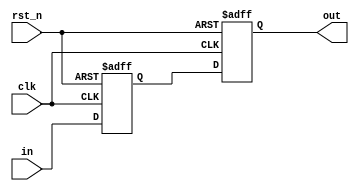
module uv_sync
#(
    parameter SYNC_WIDTH = 1,
    parameter SYNC_STAGE = 2
)
(
    input                   clk,
    input                   rst_n,
    input  [SYNC_WIDTH-1:0] in,                  
    output [SYNC_WIDTH-1:0] out
);

    localparam UDLY = 1;
    genvar i;

    reg [SYNC_WIDTH-1:0]    sync_r[0:SYNC_STAGE-1];

    always @(posedge clk or negedge rst_n) begin
        if (~rst_n) begin
            sync_r[0] <= {SYNC_WIDTH{1'b0}};
        end
        else begin
            sync_r[0] <= #UDLY in;
        end
    end

    generate
        for (i = 1; i < SYNC_STAGE; i = i + 1) begin: gen_sync_regs
            always @(posedge clk or negedge rst_n) begin
                if (~rst_n) begin
                    sync_r[i] <= {SYNC_WIDTH{1'b0}};
                end
                else begin
                    sync_r[i] <= #UDLY sync_r[i-1];
                end
            end
        end
    endgenerate

    assign out = sync_r[SYNC_STAGE-1];

endmodule